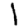
Digit: 1